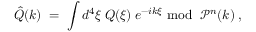
\hat { Q } ( k ) \; = \; \int d ^ { 4 } \xi \: Q ( \xi ) \: e ^ { - i k \xi } { \mathrm { ~ m o d ~ } } \: { \mathcal { P } } ^ { n } ( k ) \; ,